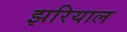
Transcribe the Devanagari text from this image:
झरियाल